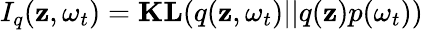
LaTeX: I_{q}(\boldsymbol{\mathbf{z}},\omega_{t})=\textbf{{KL}}(q(\boldsymbol{\mathbf{z}},\omega_{t})||q(\boldsymbol{\mathbf{z}})p(\omega_{t}))